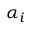
\alpha _ { i }